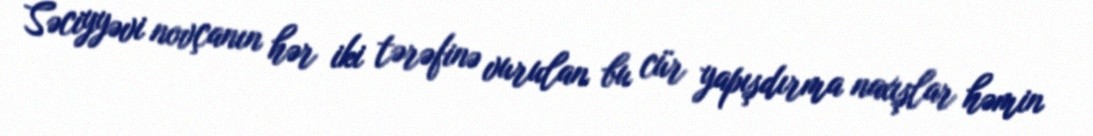
Səciyyəvi novçanın hər iki tərəfinə vurulan bu cür yapışdırma naxışlar həmin